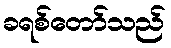
ခရစ်တော်သည်